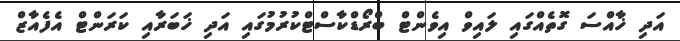
އަދި ޚާއްސަ ގޮތެއްގައި ލައިވް އިވެންޓް ބްރޯޑްކާސްޓްކުރުމުގައި އަދި ޚަބަރާއި ކަރަންޓް އެފެއާޒް